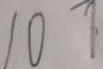
1 0 7